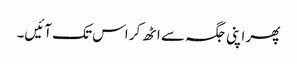
پھر اپنی جگہ سے اٹھ کر اس تک آئیں۔